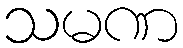
သမဏ